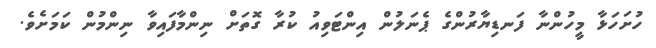
ހުށަހަޅާ މީހުންނާ ފަނޑިޔާރުންގެ ޕެނަލުން އިންޓަވިއު ކުރާ ގޮތަށް ނިންމާފައިވާ ނިންމުން ކަމަށެވެ.